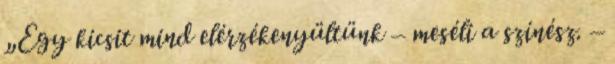
„Egy kicsit mind elérzékenyültünk – meséli a színész. –